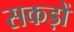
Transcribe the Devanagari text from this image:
सकड़ों